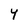
Character: Y